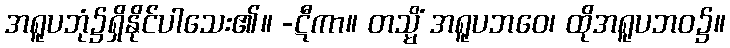
အရူပဘုံ၌ရှိနိုင်ပါသေး၏။ -ဋီကာ။ တသ္မိံ အရူပဘဝေ၊ ထိုအရူပဘဝ၌။